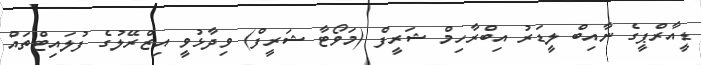
ޑީއާރްޕީގެ ނާއިބް ލީޑަރު އިބްރާހިމް ޝަރީފް (މަވޯޓާ ޝަރީފް) ވިދާޅުވީ އިޒްރޭލުގެ ފުލައިޓްތައް